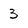
Character: 3